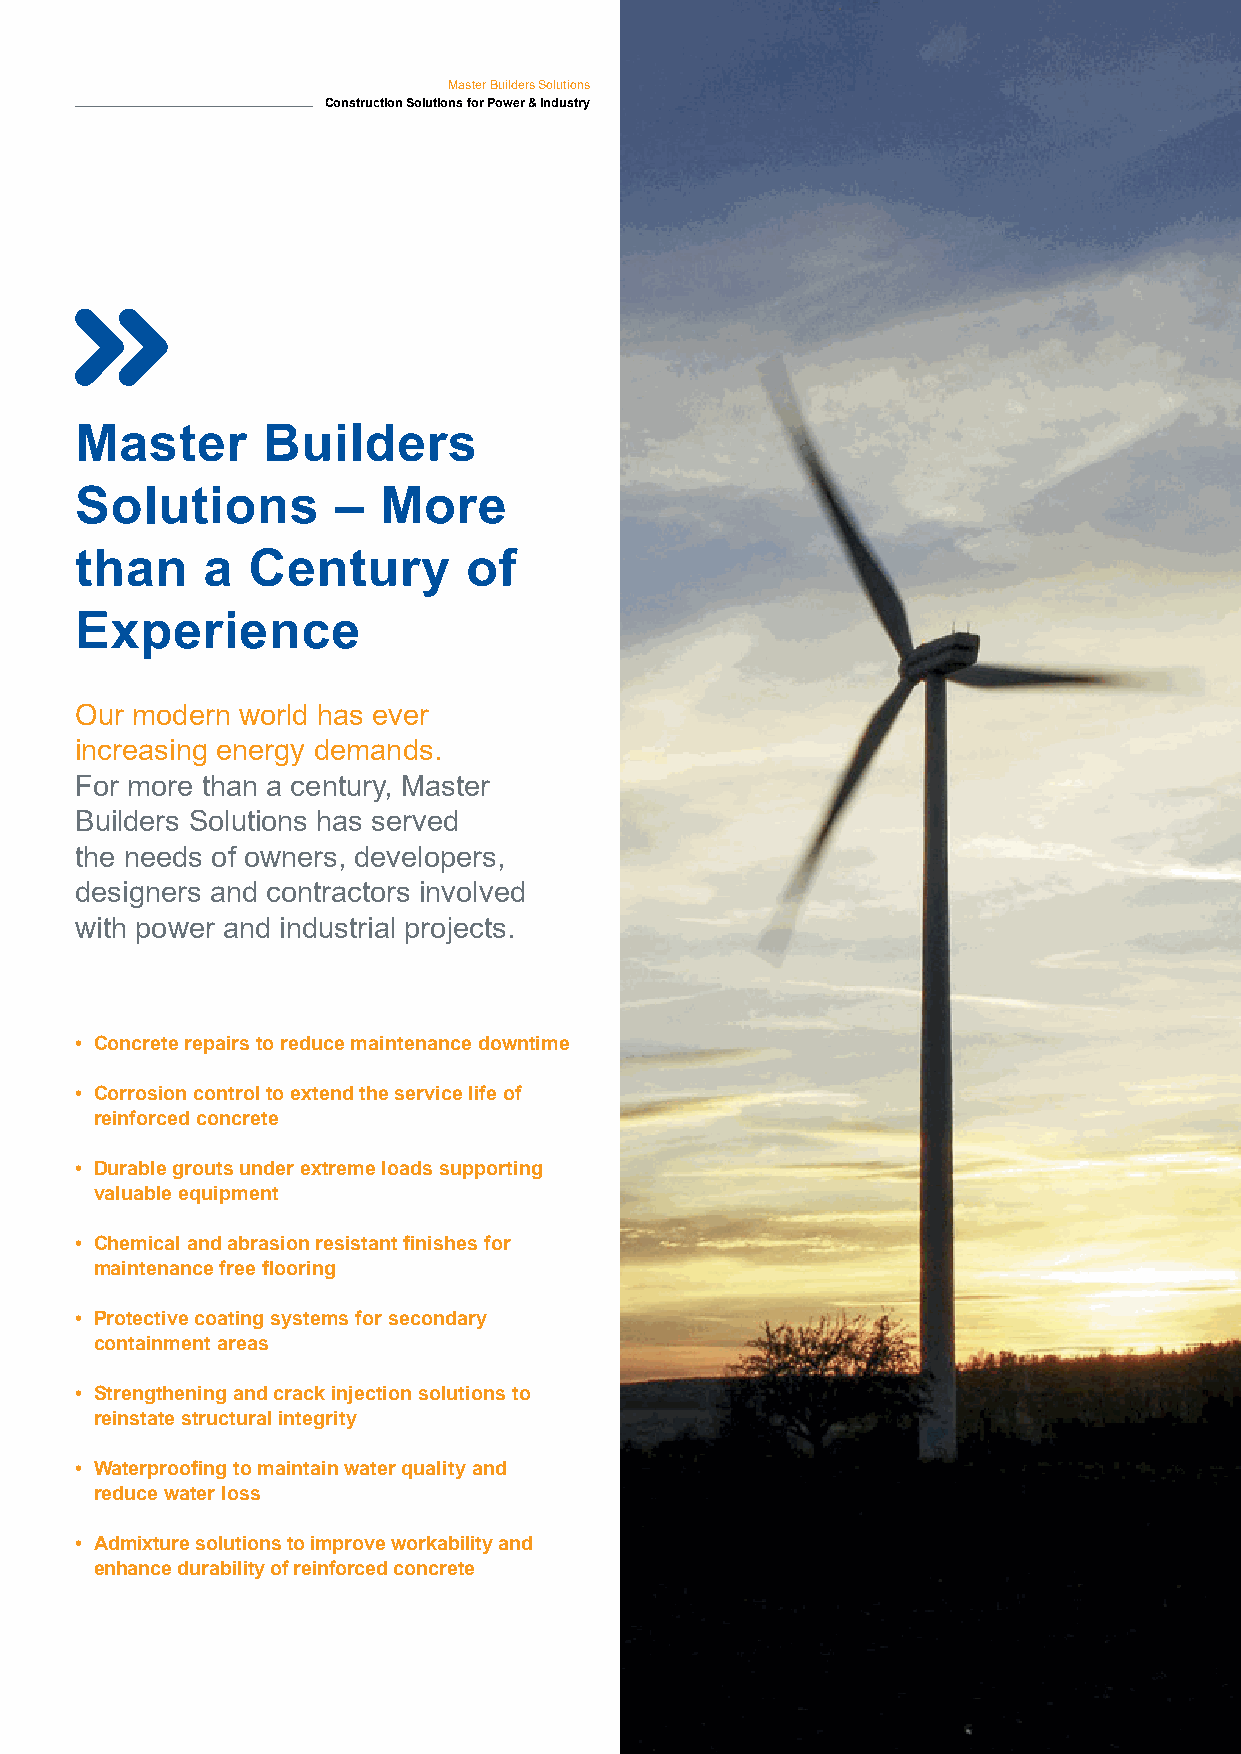
Master Builders Solutions
 Construction Solutions for Power & Industry
 Master      Builders
 Solutions        –  More
 than    a  Century        of
 Experience
 Our modern world has ever
 increasing energy demands.
 For more than a century, Master
 Builders Solutions has served
 the needs of owners, developers,
 designers and contractors involved
 with power and industrial projects.
 • Concrete repairs to reduce maintenance downtime
 • Corrosion control to extend the service life of
 reinforced concrete
 • Durable grouts under extreme loads supporting
 valuable equipment
 • Chemical and abrasion resistant finishes for
 maintenance free flooring
 • Protective coating systems for secondary
 containment areas
 • Strengthening and crack injection solutions to
 reinstate structural integrity
 • Waterproofing to maintain water quality and
 reduce water loss
 • Admixture solutions to improve workability and
 enhance durability of reinforced concrete